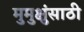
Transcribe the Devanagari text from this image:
मुमुक्षुंसाठी